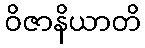
ဝိဇာနိယာတိ